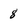
Character: 8